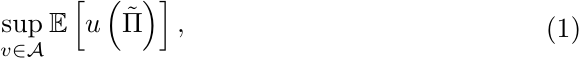
\begin{equation}
\begin{aligned}
   & \sup_{v\in \mathcal{A}} \mathbb{E} \left[ u\left( \tilde{\Pi} \right) \right],
\end{aligned}
    \label{sto_ctrl}
\end{equation}